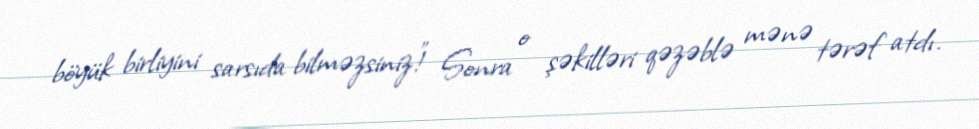
böyük birliyini sarsıda bilməzsiniz!” Sonra o şəkilləri qəzəblə mənə tərəf atdı.